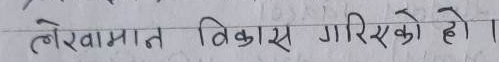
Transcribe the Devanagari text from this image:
लेखामा नत विकास गरिएको हो ।